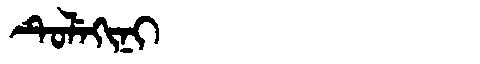
Manchu: ᡨᡠᠯᡝᡴᡳᠨᡳ
Romanization: TULEKINI